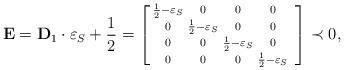
LaTeX: \begin{align*}\mathbf{E} = \mathbf{D}_1 \cdot \varepsilon_S + \frac{1}{2} =\left[\begin{smallmatrix} \frac{1}{2}- \varepsilon_S & 0 & 0 & 0 \\ 0 & \frac{1}{2}- \varepsilon_S& 0 & 0 \\ 0 & 0 & \frac{1}{2}- \varepsilon_S & 0\\ 0 & 0 & 0 & \frac{1}{2}- \varepsilon_S& \end{smallmatrix} \right] \prec 0,\end{align*}